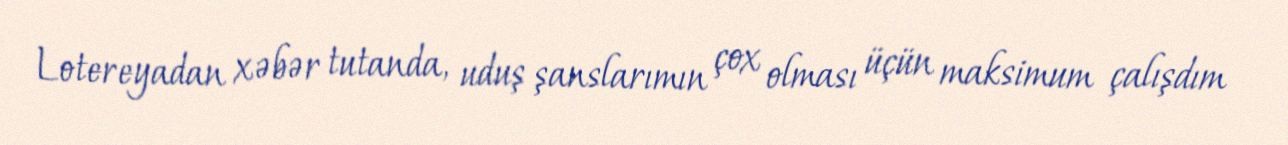
Lotereyadan xəbər tutanda, uduş şanslarımın çox olması üçün maksimum çalışdım